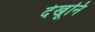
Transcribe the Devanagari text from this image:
देखूनि